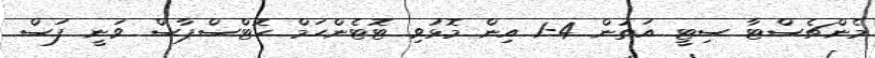
މެންޗެސްޓާ ސިޓީ އަތުން 4-1 އިން މޮޅުވި ޓޮޓެންހަމް ހޮޓްސްޕާސް ވަނީ ފަސް